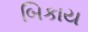
બિકાય